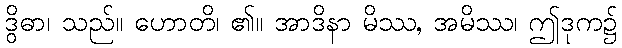
ဒွိဓာ၊ သည်။ ဟောတိ၊ ၏။ အာဒိနာ မိဿ, အမိဿ၊ ဤဒုက၌